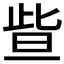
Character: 𣆟